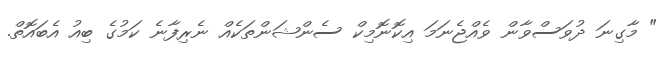
" މާގިނަ ދުވަސްވާން ވެއްޖެނަމަ އިކޮނޮމިކް ސެންޝަންތަކެއް ނެރިފާނެ ކަމުގެ ބިއު އެބައޮތް.